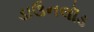
ડાઉનલૉડ